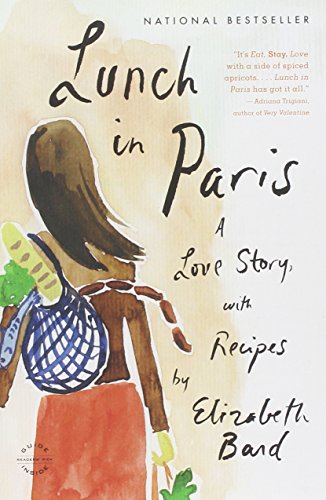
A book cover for Lunch in Paris: A Love Story, with Recipes; Elizabeth Bard; Cookbooks, Food & Wine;